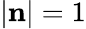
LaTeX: |{\mathbf{n}}|=1